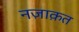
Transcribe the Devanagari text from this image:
नज़ाक़त